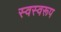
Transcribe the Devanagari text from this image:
स्वस्वरूप